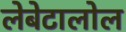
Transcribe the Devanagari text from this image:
लेबेटालोल